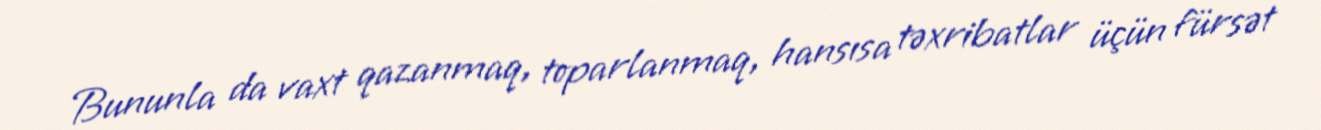
Bununla da vaxt qazanmaq, toparlanmaq, hansısa təxribatlar üçün fürsət